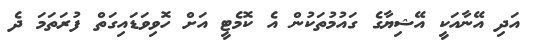
އަދި އޭނާއަކީ އޭޝިޔާގެ ގައުމުތަކުން އެ ކޮމެޓީ އަށް ހޮވިވަޑައިގަތް ފުރަތަމަ ދެ